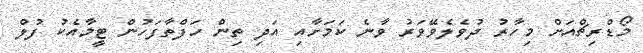
މޯޑްރިޗްއަށް މިހާރު ދުވެލެވޭވަރު ވާނެ ކަމަށާއި އަދި ތިން ހަފްތާފަހުން ޓީމާއެކު ފުލް